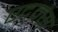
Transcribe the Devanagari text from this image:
एदम्स